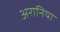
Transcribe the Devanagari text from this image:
अरानिया